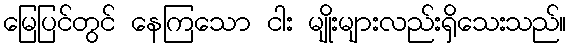
မြေပြင်တွင် နေကြသော ငါး မျိုးများလည်းရှိသေးသည်။